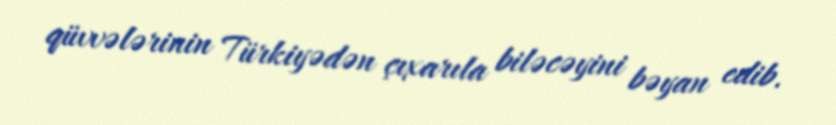
qüvvələrinin Türkiyədən çıxarıla biləcəyini bəyan edib.